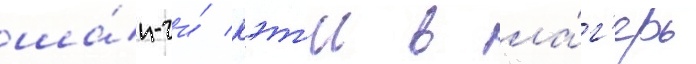
ша́н-чи́ кэт'и в ла́г'ерь